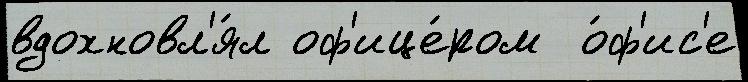
вдохновл'я́л оф'ице́ром  о́ф'ис'е